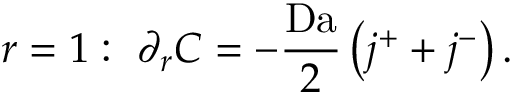
r = 1 : \ \partial _ { r } C = - \frac { \mathrm { D a } } { 2 } \left( j ^ { + } + j ^ { - } \right) .